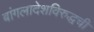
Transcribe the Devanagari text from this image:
बांगलादेशविरुद्धची